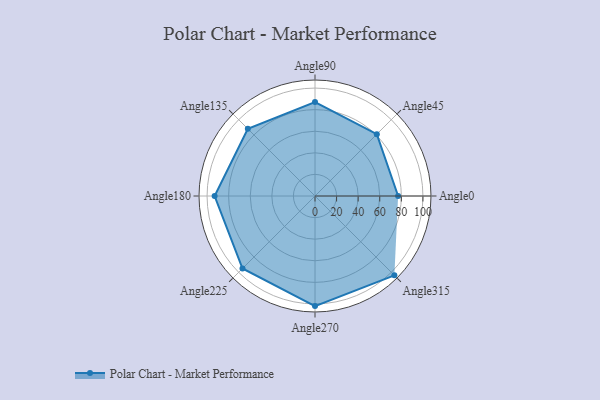
{"axis": {"x": "Angle", "y": "Radius"}, "legend": [""], "data": [{"x": "Angle0", "y": 77.0, "type": ""}, {"x": "Angle45", "y": 81.0, "type": ""}, {"x": "Angle90", "y": 87.0, "type": ""}, {"x": "Angle135", "y": 88.0, "type": ""}, {"x": "Angle180", "y": 93.0, "type": ""}, {"x": "Angle225", "y": 95.0, "type": ""}, {"x": "Angle270", "y": 102.0, "type": ""}, {"x": "Angle315", "y": 104.0, "type": ""}]}